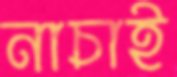
নাচাই